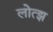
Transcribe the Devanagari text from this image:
लोत्झ